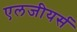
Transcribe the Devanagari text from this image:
एलजीयर्स